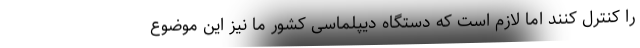
را کنترل کنند اما لازم است که دستگاه دیپلماسی کشور ما نیز این موضوع